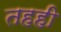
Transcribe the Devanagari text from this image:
तहही